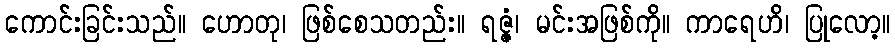
ကောင်းခြင်းသည်။ ဟောတု၊ ဖြစ်စေသတည်း။ ရဇ္ဇံ၊ မင်းအဖြစ်ကို။ ကာရေဟိ၊ ပြုလော့။